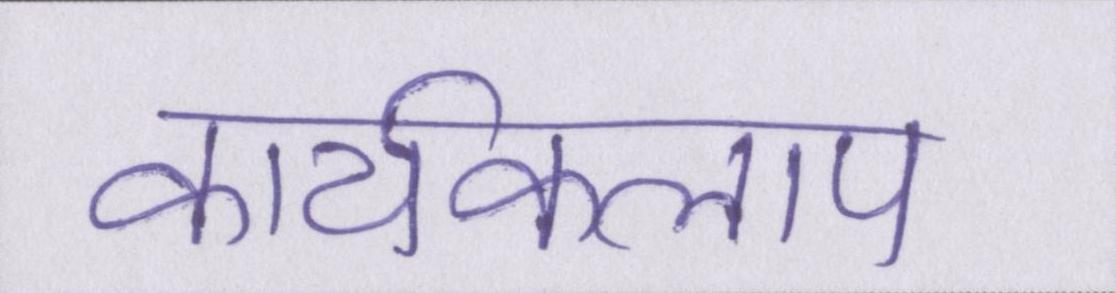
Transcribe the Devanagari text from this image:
कार्यकलाप